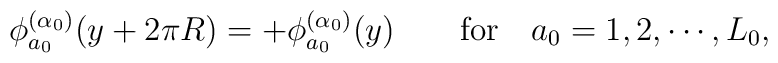
\phi_{a_0}^{(\alpha_0)}(y+2\pi R)	=		+\phi_{a_0}^{(\alpha_0)}(y)	\qquad		{\rm for}	\quad		a_0=1,2,\cdots,L_0,